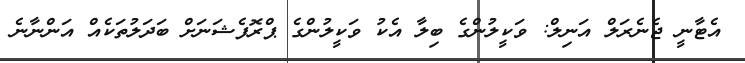
އެޓާނީ ޖެނެރަލް އަނިލް: ވަކީލުންގެ ބިލާ އެކު ވަކީލުންގެ ޕްރޮފެޝަނަށް ބަދަލުތަކެއް އަންނާނެ